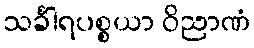
သင်္ခါရပစ္စယာ ဝိညာဏံ